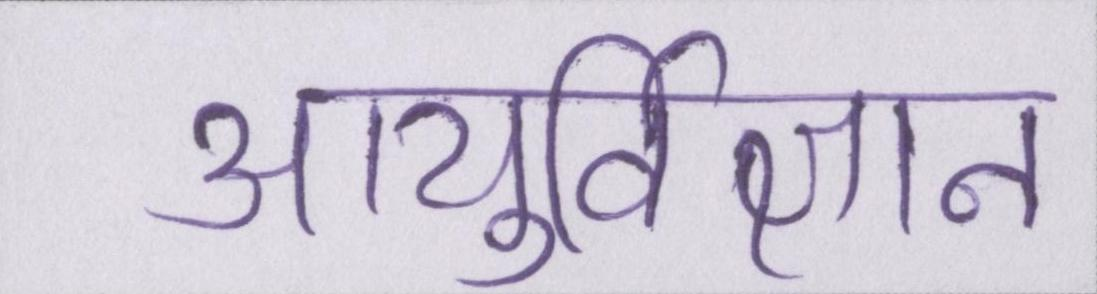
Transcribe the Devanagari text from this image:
आयुर्विज्ञान